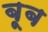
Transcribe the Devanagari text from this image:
बूब